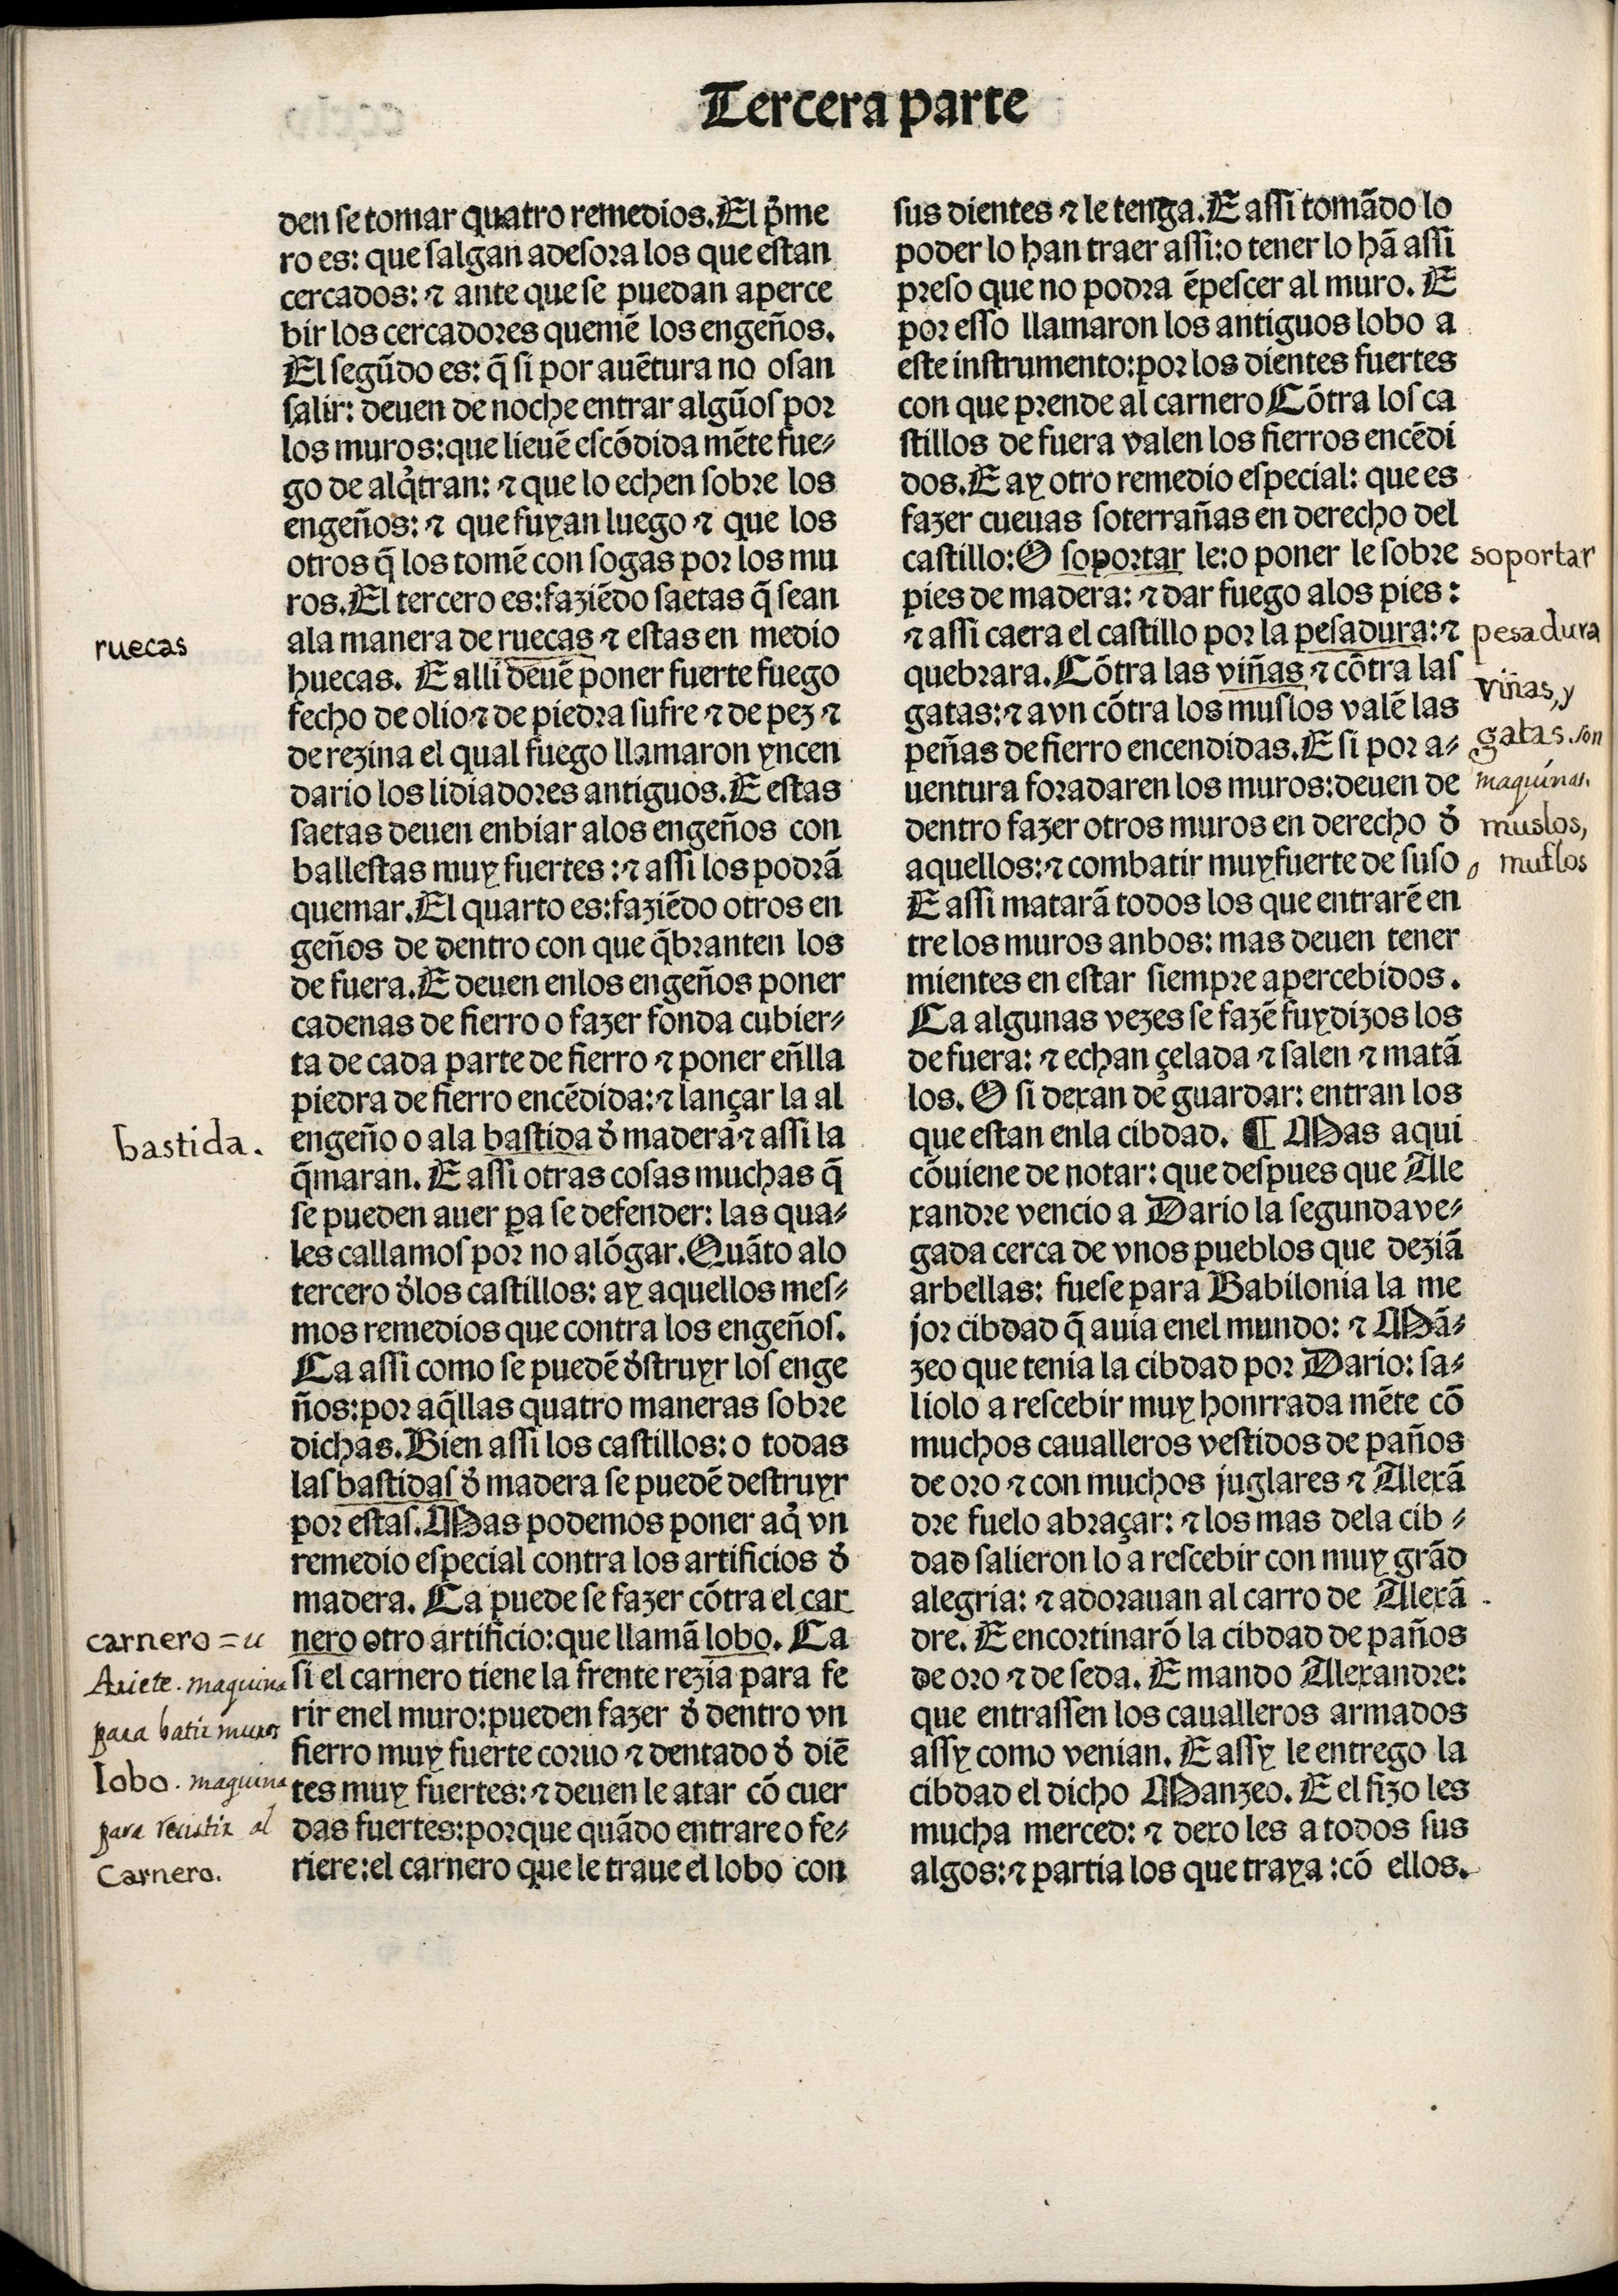
Shelfmark: Madrid, BNE, Inc. 901
Century: 15